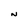
Character: N